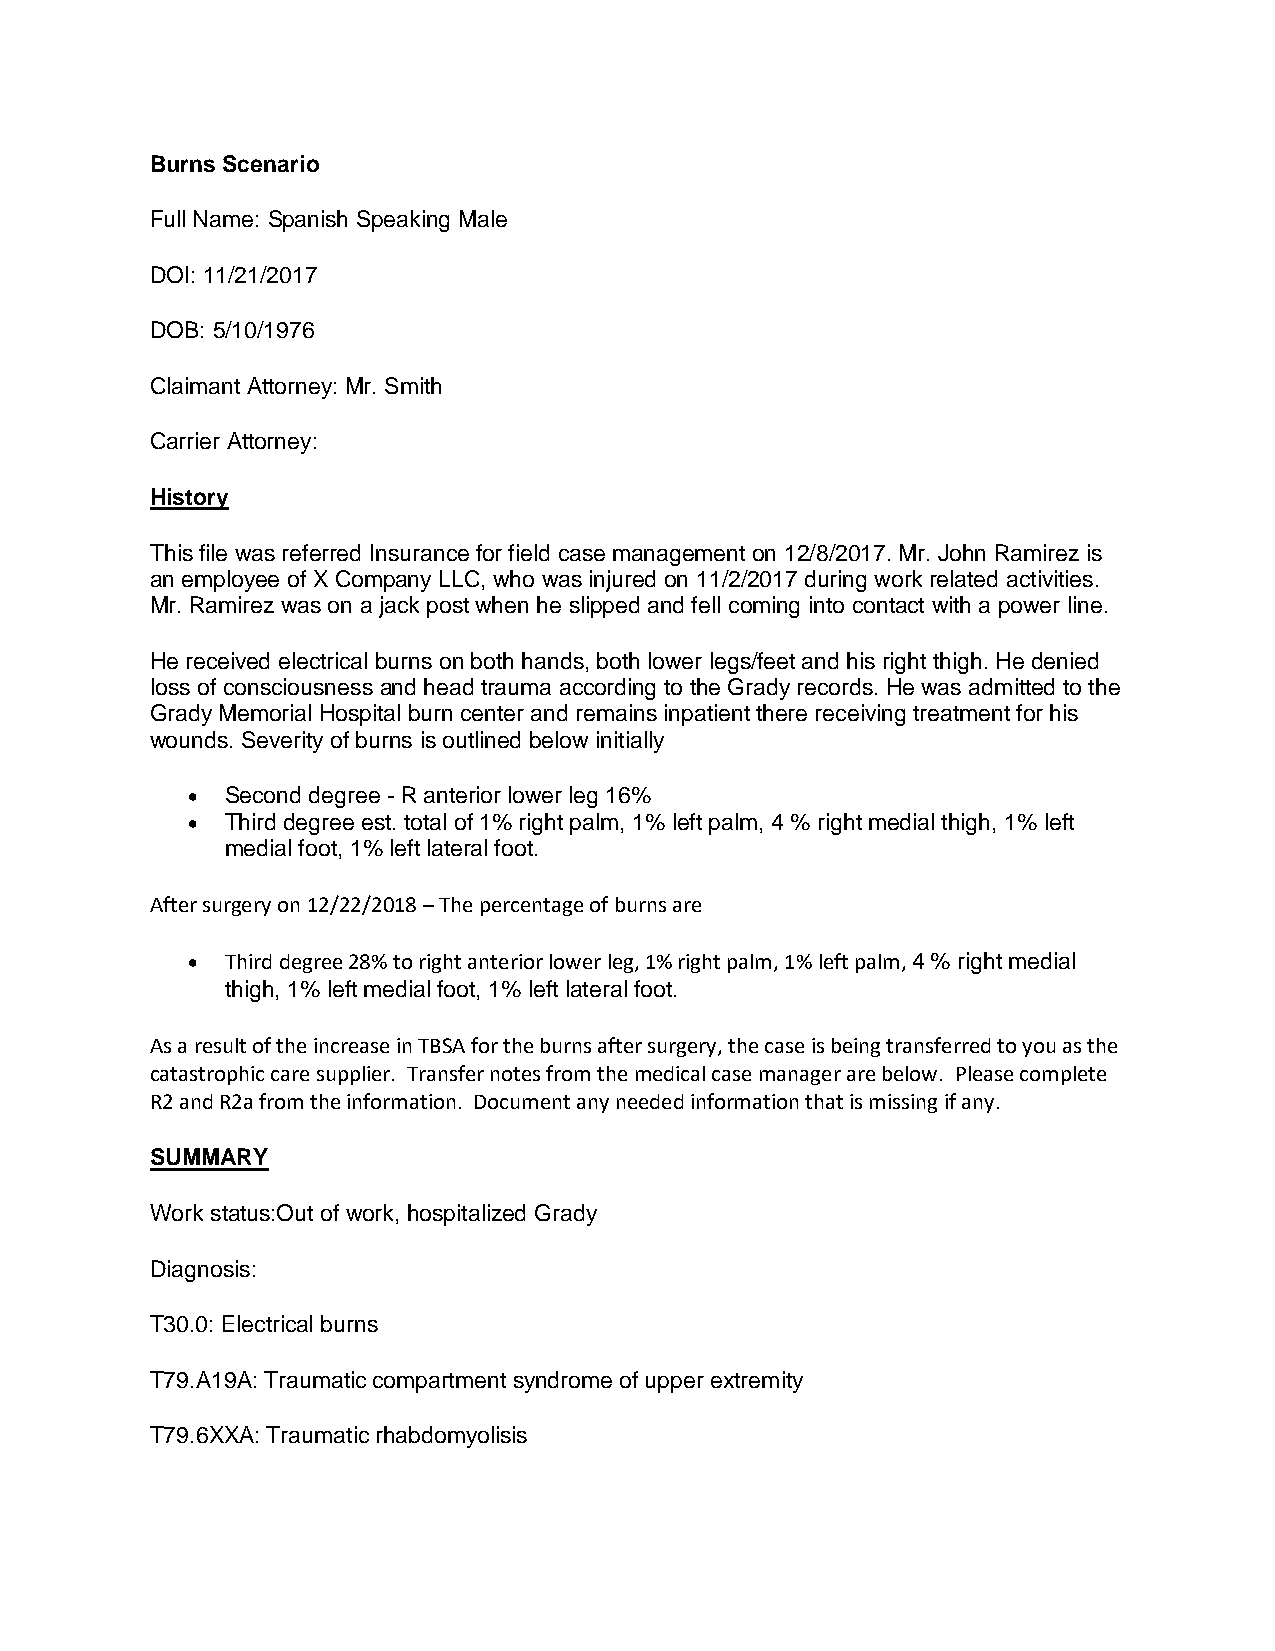
Burns Scenario
 Full Name: Spanish Speaking Male
 DOI: 11/21/2017
 DOB: 5/10/1976
 Claimant Attorney: Mr. Smith
 Carrier Attorney:
 History
 This file was referred Insurance for field case management on 12/8/2017. Mr. John Ramirez is
 an employee of X Company LLC, who was injured on 11/2/2017 during work related activities.
 Mr. Ramirez was on a jack post when he slipped and fell coming into contact with a power line.
 He received electrical burns on both hands, both lower legs/feet and his right thigh. He denied
 loss of consciousness and head trauma according to the Grady records. He was admitted to the
 Grady Memorial Hospital burn center and remains inpatient there receiving treatment for his
 wounds. Severity of burns is outlined below initially
 •  Second degree - R anterior lower leg 16%
 •  Third degree est. total of 1% right palm, 1% left palm, 4 % right medial thigh, 1% left
 medial foot, 1% left lateral foot.
 After surgery on 12/22/2018 – The percentage of burns are
 •  Third degree 28% to right anterior lower leg, 1% right palm, 1% left palm, 4 % right medial
 thigh, 1% left medial foot, 1% left lateral foot.
 As a result of the increase in TBSA for the burns after surgery, the case is being transferred to you as the
 catastrophic care supplier. Transfer notes from the medical case manager are below. Please complete
 R2 and R2a from the information. Document any needed information that is missing if any.
 SUMMARY
 Work status:Out of work, hospitalized Grady
 Diagnosis:
 T30.0: Electrical burns
 T79.A19A: Traumatic compartment syndrome of upper extremity
 T79.6XXA: Traumatic rhabdomyolisis